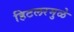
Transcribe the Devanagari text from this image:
हिटलरमुळे